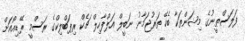
ފަލަސްޠީނުގެ މިޝަންތަކާ ބެހޭ ތަރުޖަމާނު ނަބީލް އަލްފާހިލް ޗެކް ރިޕަބްލިކްގެ ރަސްމީ ރޭޑިއޯއަށް